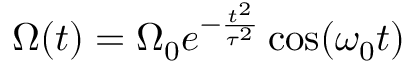
\Omega ( t ) = \Omega _ { 0 } e ^ { - \frac { t ^ { 2 } } { \tau ^ { 2 } } } \cos ( \omega _ { 0 } t )